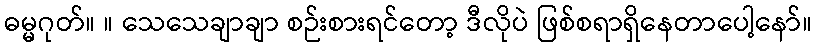
ဓမ္မဂုတ်။ ။ သေသေချာချာ စဉ်းစားရင်တော့ ဒီလိုပဲ ဖြစ်စရာရှိနေတာပေါ့နော်။